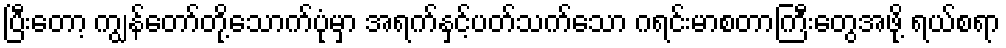
ပြီးတော့ ကျွန်တော်တို့သောက်ပုံမှာ အရက်နှင့်ပတ်သက်သော ဂရင်းမာစတာကြီးတွေအဖို့ ရယ်စရာ